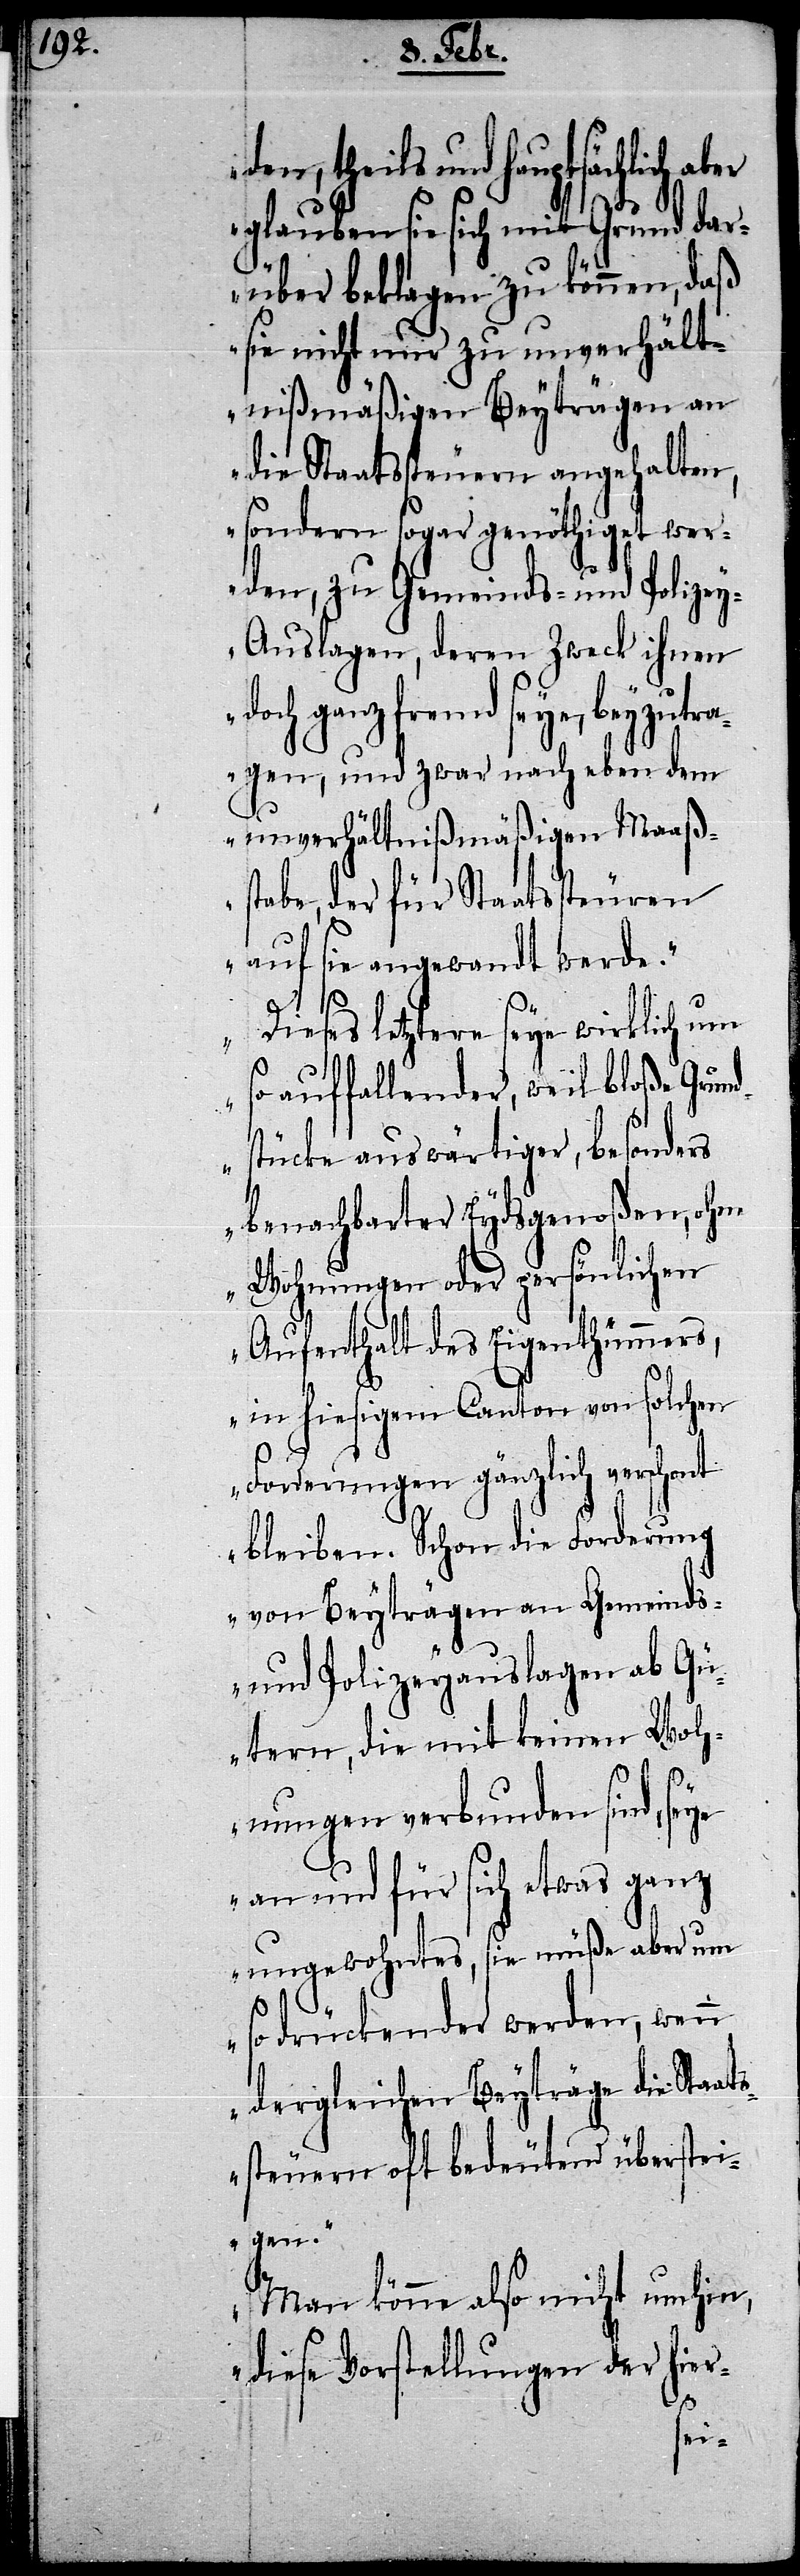
den, theils und hauptsächlich
glauben sie sich mit Grund da¬
rüber beklagen zu können, daß
sie nicht nur zu unverhält¬
nißmäßigen Beyträgen an
die Staatssteuern angehalten,
sondern sogar genöthiget wer¬
den, zu Gemeinds- und Polize¬
y-Auslagen, deren Zweck ihnen
doch ganz fremd seye, beyzutr¬
agen, und zwar nach eben dem
unverhältnißmäßigen Maaß¬
stabe, der für Staatssteuren
auf sie angewandt werde.“
„Dieses letztere seye wirklich um
auffallender, weil bloße Grund¬
stücke auswärtiger, besonders
benachbarter Eydsgenoßen, ohne
Wohnungen oder persönlichen
Aufenthalt des Eigenthümmers,
in hiesigem Canton von solchen
Forderungen gänzlich verschont
bleiben. Schon die Forderung
von Beyträgen an Gemeinds-
und Polizeyauslagen ab Gü¬
tern, die mit keinen Woh¬
nungen verbunden sind, seye
an und für sich etwas ganz
ungewohntes, sie müße aber um
so drückender werden, wenn
dergleichen Beyträge die Staat¬
ssteuern oft bedeutend überstei¬
gen.“
„Man könne also nicht umhin,
hier-
diese Vorstellungen der